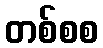
တစ်စစ